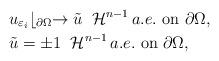
LaTeX: \begin{align*}&u_{\varepsilon_i}\lfloor_{\partial \Omega} \to \tilde{u} \; \; \mathcal{H}^{n-1}\,a.e.\mbox{ on } \partial \Omega, \\&\tilde{u} = \pm1 \; \; \mathcal{H}^{n-1}\, a.e.\mbox{ on} \; \partial \Omega, \end{align*}